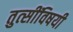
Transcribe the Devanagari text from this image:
तुत्‍सींविषयी